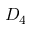
D _ { 4 }